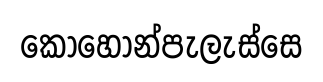
කොහොන්පැලැස්සෙ